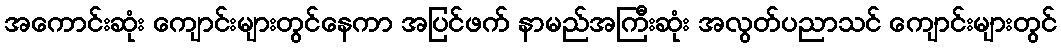
အကောင်းဆုံး ကျောင်းများတွင်နေကာ အပြင်ဖက် နာမည်အကြီးဆုံး အလွတ်ပညာသင် ကျောင်းများတွင်